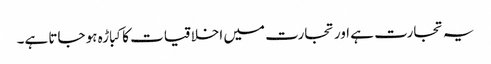
یہ تجارت ہے اور تجارت میں اخلاقیات کا کباڑہ ہو جاتا ہے۔